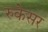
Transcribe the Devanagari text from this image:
रुकेसर